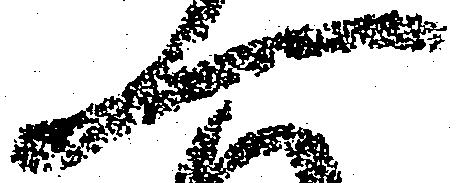
一